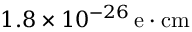
1 . 8 \times 1 0 ^ { - 2 6 } \, \mathrm { e \cdot c m }